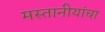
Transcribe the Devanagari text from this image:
मस्तानीयांचा